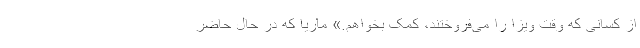
از کسانی که وقت ویزا را می‌فروختند، کمک بخواهم.» ماریا که در حال حاضر